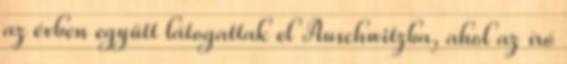
az évben együtt látogattak el Auschwitzba, ahol az író